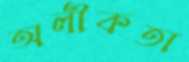
অলীকতা